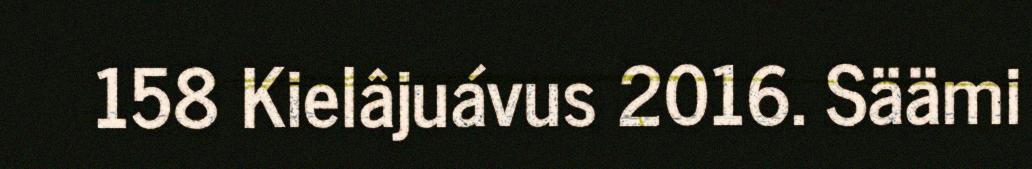
158 Kielâjuávus 2016. Säämi